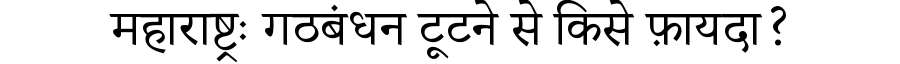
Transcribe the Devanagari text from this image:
महाराष्ट्रः गठबंधन टूटने से किसे फ़ायदा?